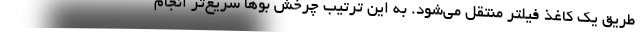
طریق یک کاغذ فیلتر منتقل می‌شود. به این ترتیب چرخش بوها سریع‌تر انجام